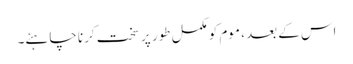
اس کے بعد ، موم کو مکمل طور پر سخت کرنا چاہئے۔